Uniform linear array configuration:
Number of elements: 12
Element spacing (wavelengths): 1
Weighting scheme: binomial
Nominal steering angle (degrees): -30
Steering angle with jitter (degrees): -28.124
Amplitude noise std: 0.05
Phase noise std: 0.05

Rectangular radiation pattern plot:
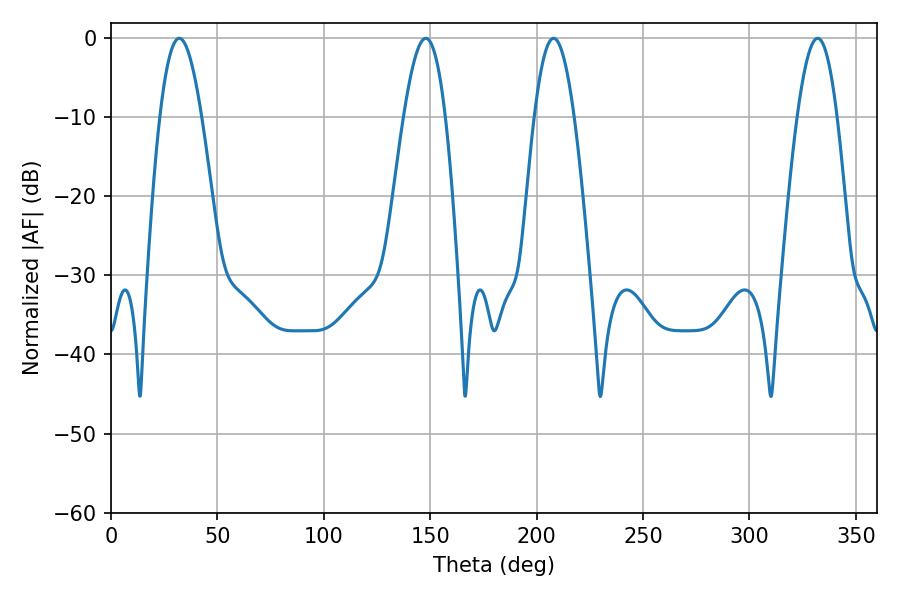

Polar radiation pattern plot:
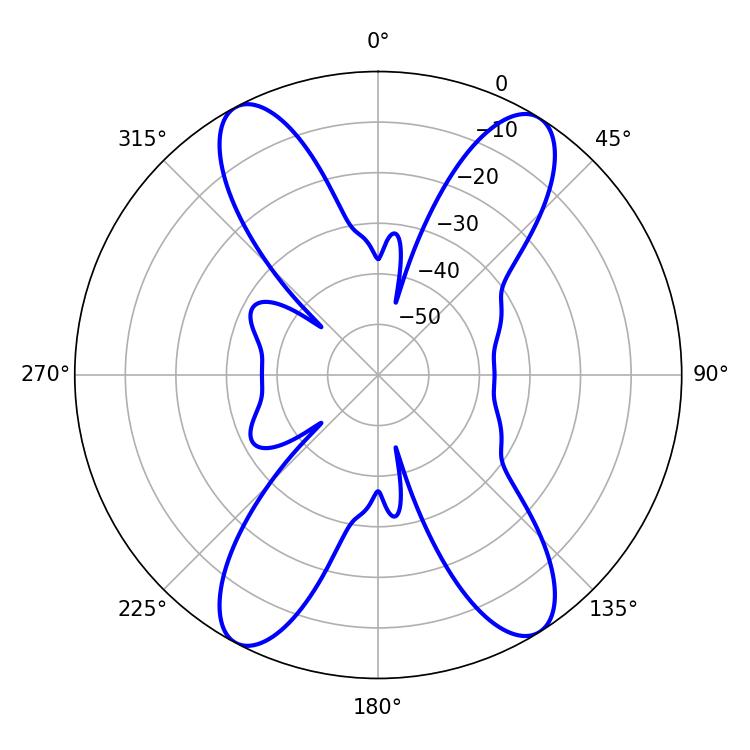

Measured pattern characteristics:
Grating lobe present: TRUE
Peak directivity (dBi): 17.56
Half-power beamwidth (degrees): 10.62
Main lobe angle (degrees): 32.04